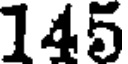
145